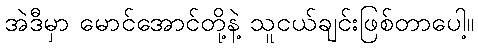
အဲဒီမှာ မောင်အောင်တို့နဲ့ သူငယ်ချင်းဖြစ်တာပေါ့။